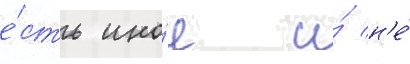
е́сть ино́е и́ н'е́